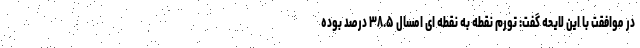
در موافقت با این لایحه گفت: تورم نقطه به نقطه ای امسال ۳۸.۵ درصد بوده